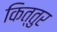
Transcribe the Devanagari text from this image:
कित्तुर